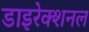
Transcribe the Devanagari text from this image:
डाइरेक्शनल